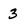
Character: 3